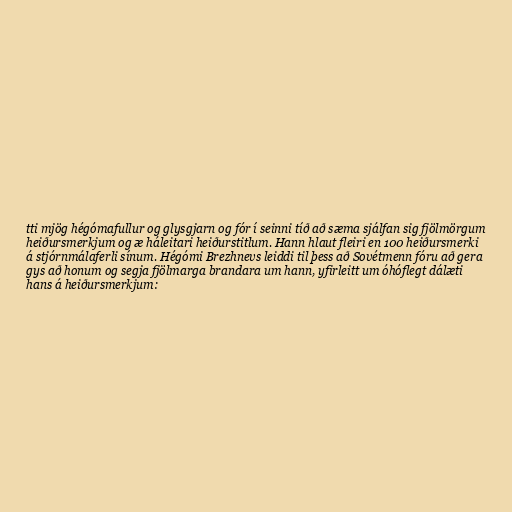
tti mjög hégómafullur og glysgjarn og fór í seinni tíð að sæma sjálfan sig fjölmörgum
heiðursmerkjum og æ háleitari heiðurstitlum. Hann hlaut fleiri en 100 heiðursmerki
á stjórnmálaferli sínum. Hégómi Brezhnevs leiddi til þess að Sovétmenn fóru að gera
gys að honum og segja fjölmarga brandara um hann, yfirleitt um óhóflegt dálæti
hans á heiðursmerkjum: